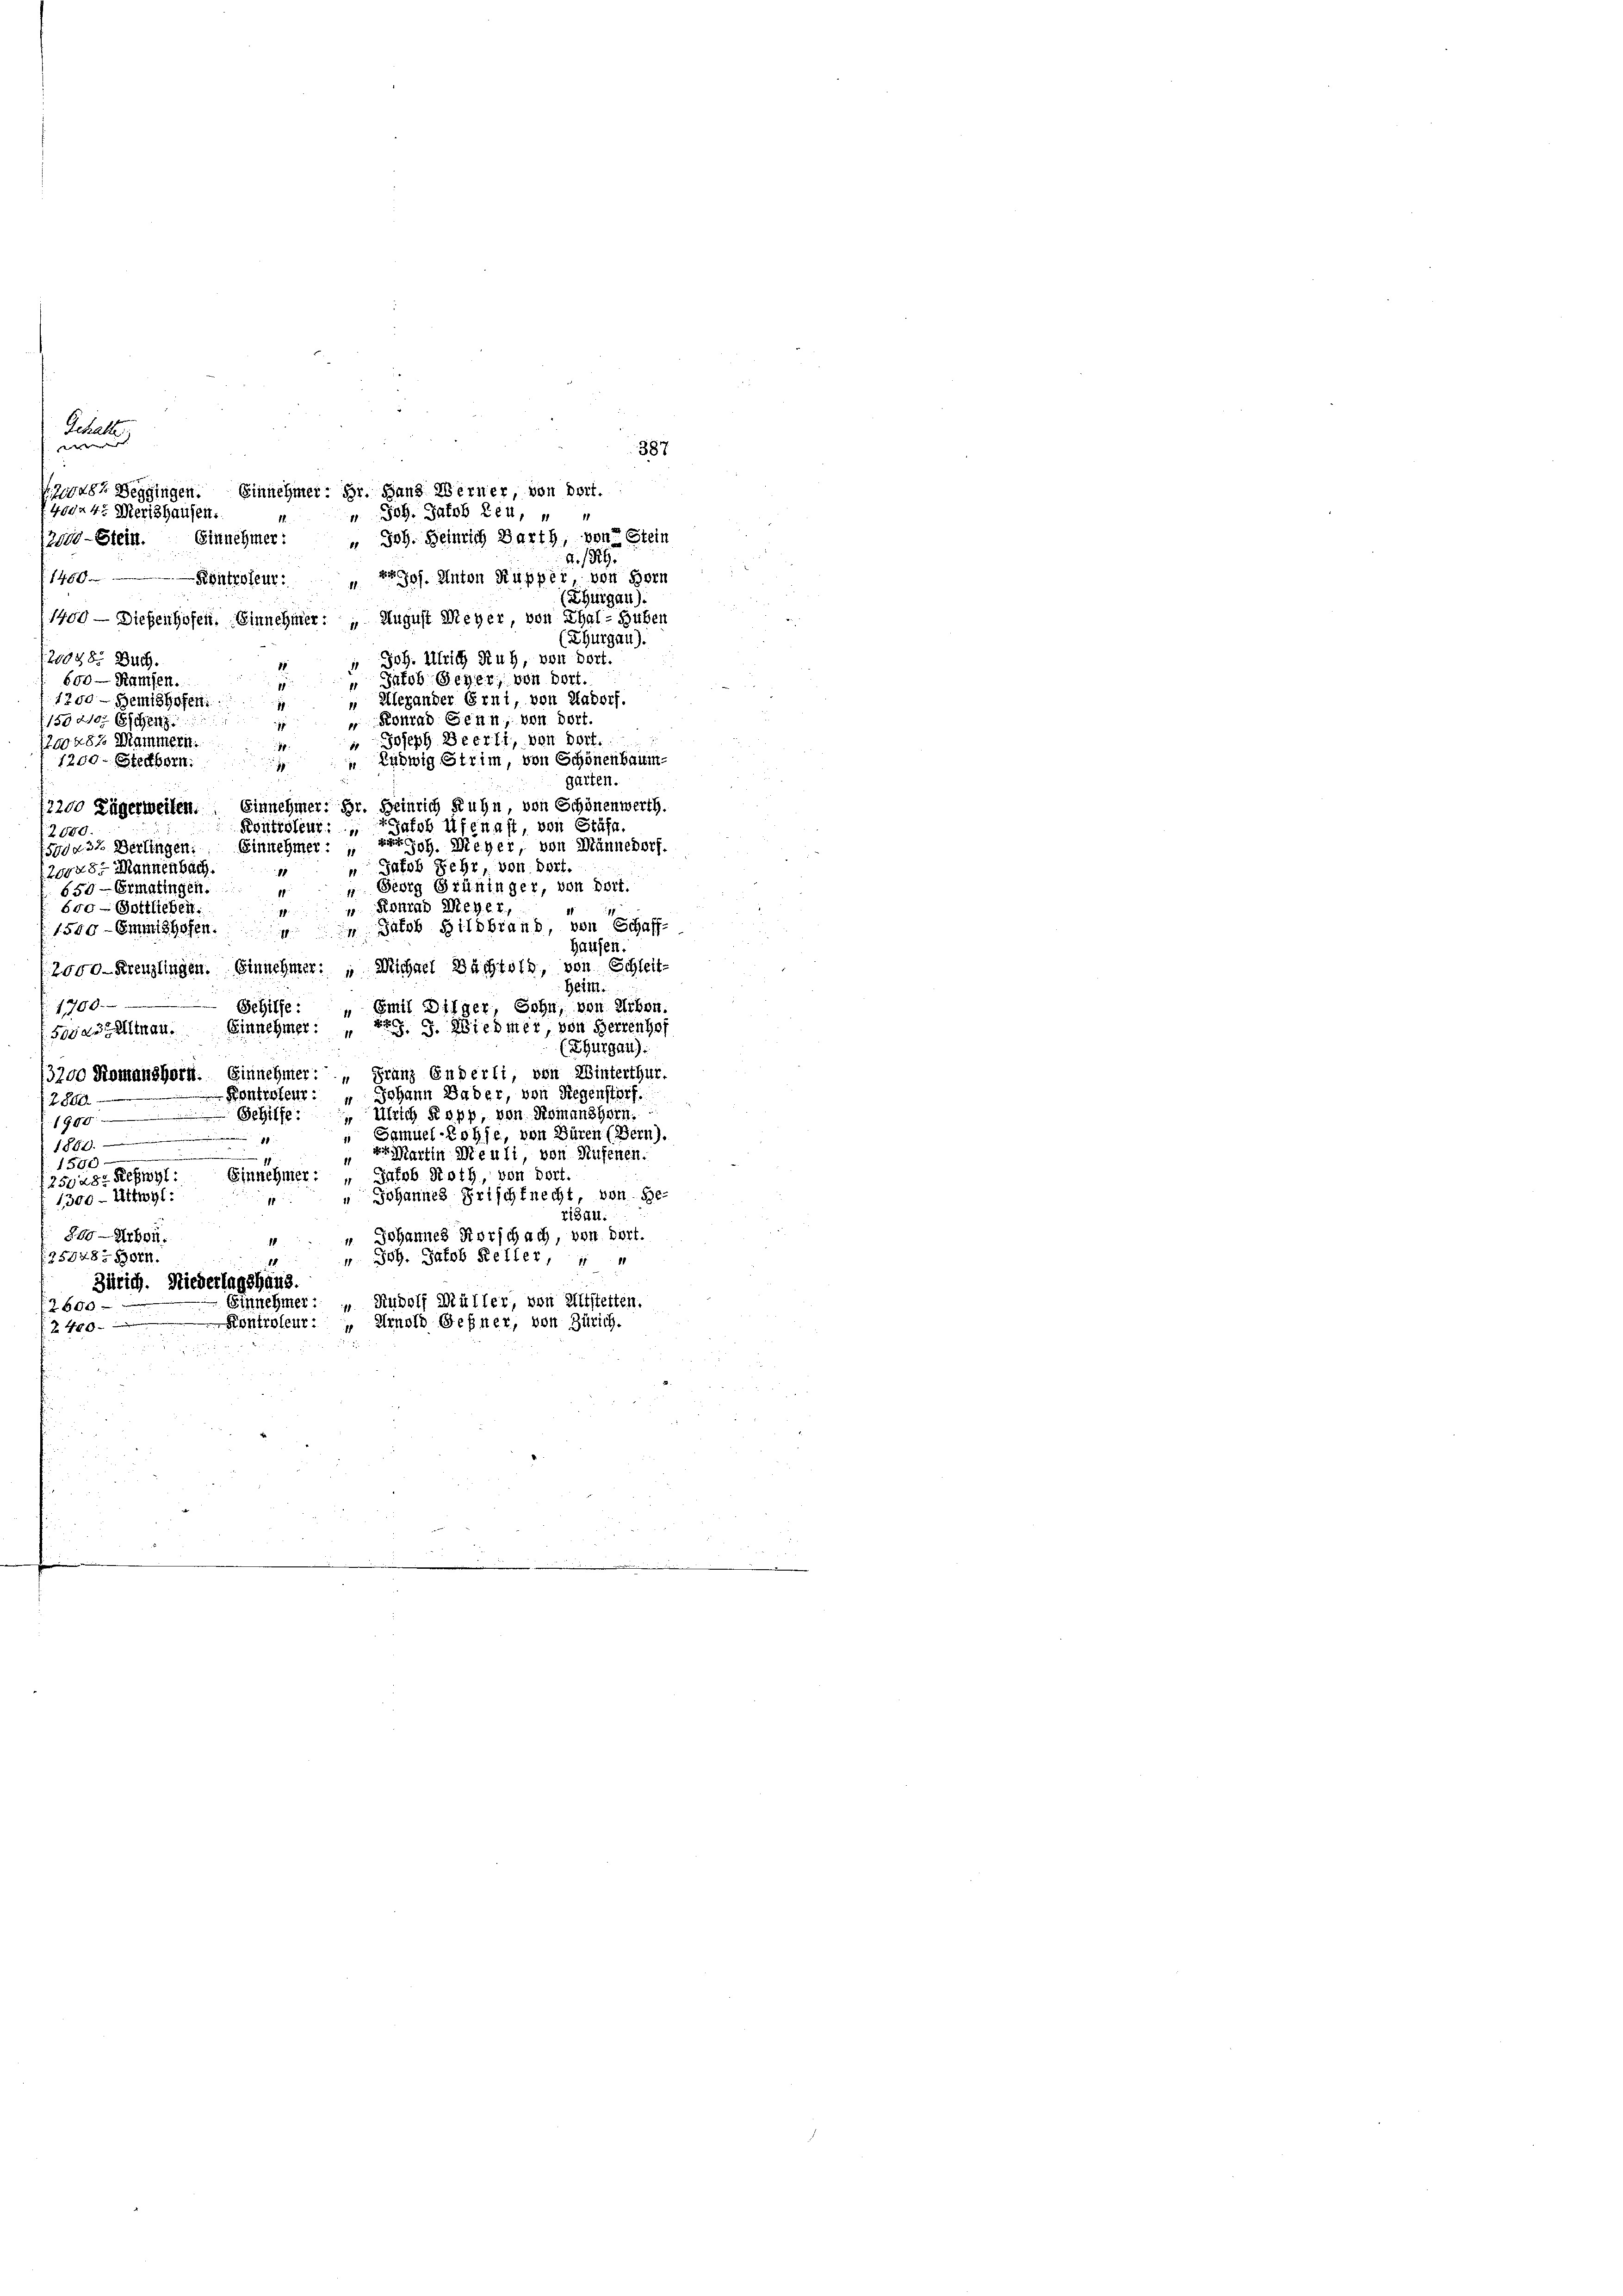
40 n 4. Merishausen.
1450 x
20048. Dur
600 — Ramsen.
155 2103 Eschenz
40487 Mammern.
1200. Stedborn.
12000.
5004. 32. Derlingen:
20528. Mannenbach.
650 — Ermatingen.
600 — Gottlieben:
1700
Foras Alman

Schelle

|

387
d. 1829.
Köntroleur: " Jos. Anton Kupper, von Horn
(Thurgau).
1400 — Diesenhofen. Einnehmer: „August Meyer, von Thal-Huben
(Thurgau).
Joh. Ulrich Ruh, von dort.
1
“ Jakob Seyer, von dort.
18
 Alexander Erni, von Aadorf.
1200 - Semishofen:
 Konrad Senn von Dort.
1
 Joseph Beerli, von dort.
Zudwig Strim, von Schönenbaum
1
garten.
einrich Ruhn, von Schönenwerth.
7200 Lägerweiten. Einnehmer: der
Kontroleur: „Jakob Ufenast, von Stäfa.
roh. Meyer, von Männedorf.
Einnehmer:
 Jakob Fehr, von dort.
88
 Georg Grüninger, von dort.
g
 Konrad Meyer,
18
 Jalob Hildbrand, von Schaff-
1500 - Emmishofen.
Hausen
2000 Kreuzlingen. Einnehmer: " Michael Bachtet, von Schleit¬
Heim.
Schilfe: „Emil Dilger, Sohn, von Erben.
Einnehmer: ErG. J. Wiedmer, von Herrenhof
(Thurgau).
13200 Romanshorn. Einnehmer: „Franz Enderli, von Winterthur.
Pontrateur: „ Johann aber, von Riegenstorf.
2800.
Schilfe: Ulrich Kopp, von Romanshorn.
1950
„ Samuel-Rohfe, von Büren (Bern).
d
1884.
Martin Meuli, von Aufenen.
11
1500
Einnehmer: „Jakob Roth, von dort.
250285 Refnyl:
" Johannes Frischfnecht, von ge-
1300 - Wittwyl
1
risau.
200 Arbei.
 Johannes Horschach, von dort.
1
250483 881.
 Joh. Jakob Keller, " "
18
Zürich. Niederlagshaus.
Einnehmer: „Rudolf Müller, von Altstetten.
2600
Kontroleur., Arnold Geßner, von Zürich.
 400 x

48, Seggingen. Einnehmer; Hr. Hans Werner, von dort.
" Joh. Jakob Leu, " "
2010-Stein. Einnehmer: " Joh. Seinrich Barth, von Stein